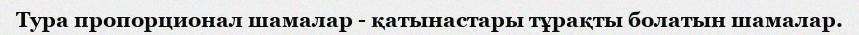
Тура пропорционал шамалар - қатынастары тұрақты болатын шамалар.